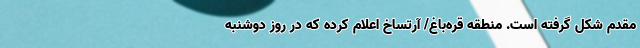
مقدم شکل گرفته است. منطقه قره‌باغ/ آرتساخ اعلام کرده که در روز دوشنبه